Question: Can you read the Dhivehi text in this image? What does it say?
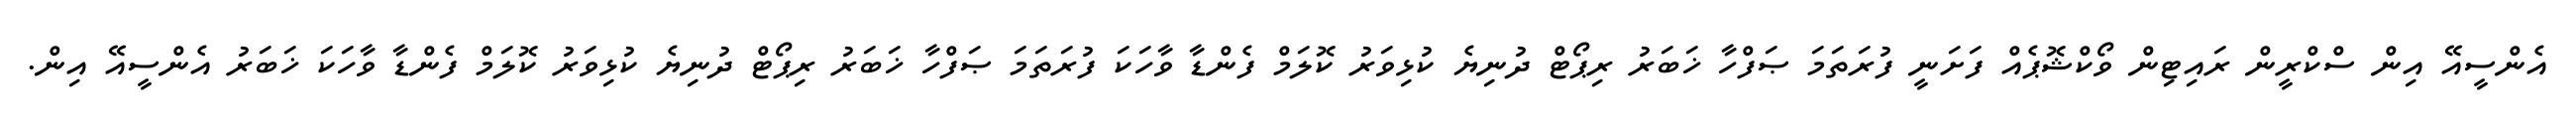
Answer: އެންސީއޭ އިން ސްކްރީން ރައިޓިން ވޯކްޝޮޕެއް ފަށަނީ ފުރަތަމަ ޞަފްހާ ޚަބަރު ރިޕޯޓް ދުނިޔެ ކުޅިވަރު ކޮލަމް ފެންޑާ ވާހަކަ ފުރަތަމަ ޞަފްހާ ޚަބަރު ރިޕޯޓް ދުނިޔެ ކުޅިވަރު ކޮލަމް ފެންޑާ ވާހަކަ ޚަބަރު އެންސީއޭ އިން.